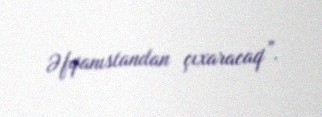
Əfqanıstandan çıxaracaq”.